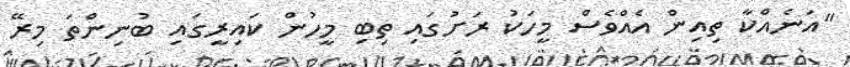
"އަނެއްކާ ތިއިން އެއްވެސް މީހަކު ރަށުގައި ތިބި މީހުން ކައިރީގައި ބުނިންތަ މިރޭ